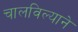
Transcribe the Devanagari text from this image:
चालविल्याने